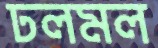
ঢলমল